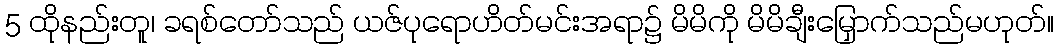
5 ထိုနည်းတူ၊ ခရစ်တော်သည် ယဇ်ပုရောဟိတ်မင်းအရာ၌ မိမိကို မိမိချီးမြှောက်သည်မဟုတ်။